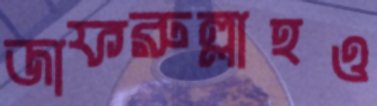
জাফরুল্লাহও